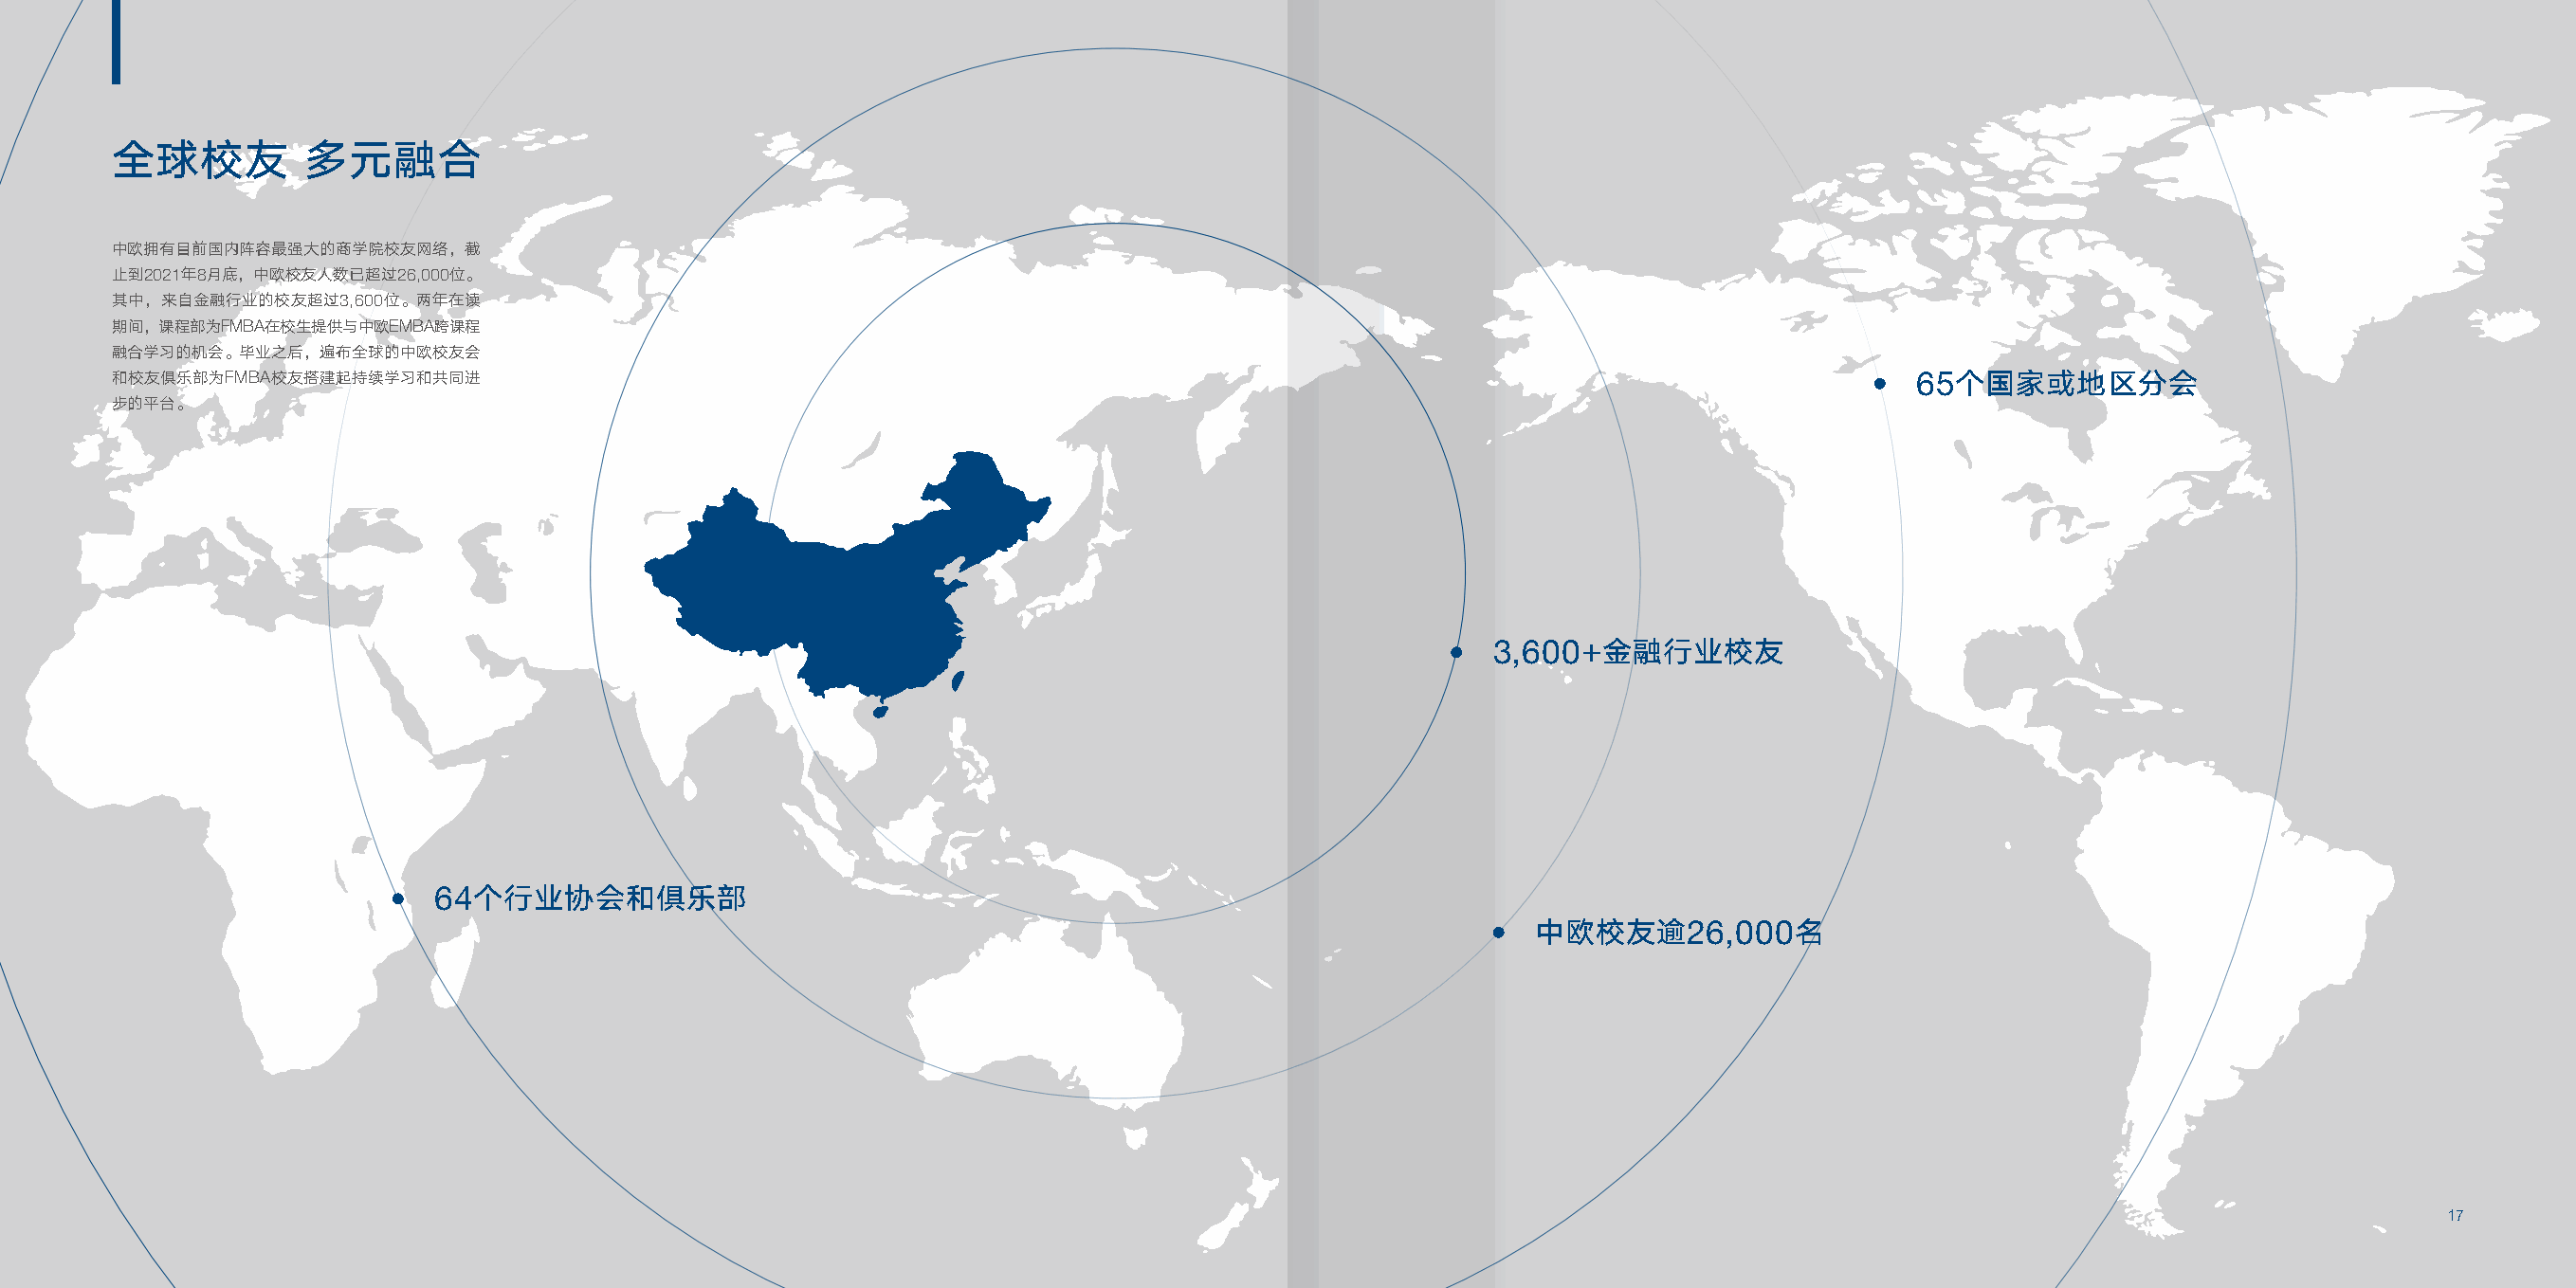
全球校友         多元融合
 中欧拥有目前国内阵容最强大的商学院校友网络，截
 止到2021年8月底，中欧校友人数已超过26,000位。
 其中，来自金融行业的校友超过3,600位。两年在读
 期间，课程部为FMBA在校生提供与中欧EMBA跨课程
 融合学习的机会。毕业之后，遍布全球的中欧校友会
 和校友俱乐部为FMBA校友搭建起持续学习和共同进                                                                                                      65个国家或地区分会
 步的平台。
 3,600+金融行业校友
 64个行业协会和俱乐部
 中欧校友逾26,000名
 17